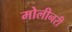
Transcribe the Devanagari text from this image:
मोलीनरी